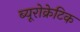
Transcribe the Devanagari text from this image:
ब्यूरोक्रेटिक